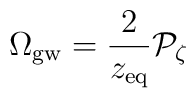
\Omega_{\rm gw} = {2\over z_{\rm eq}} {\cal P}_\zeta